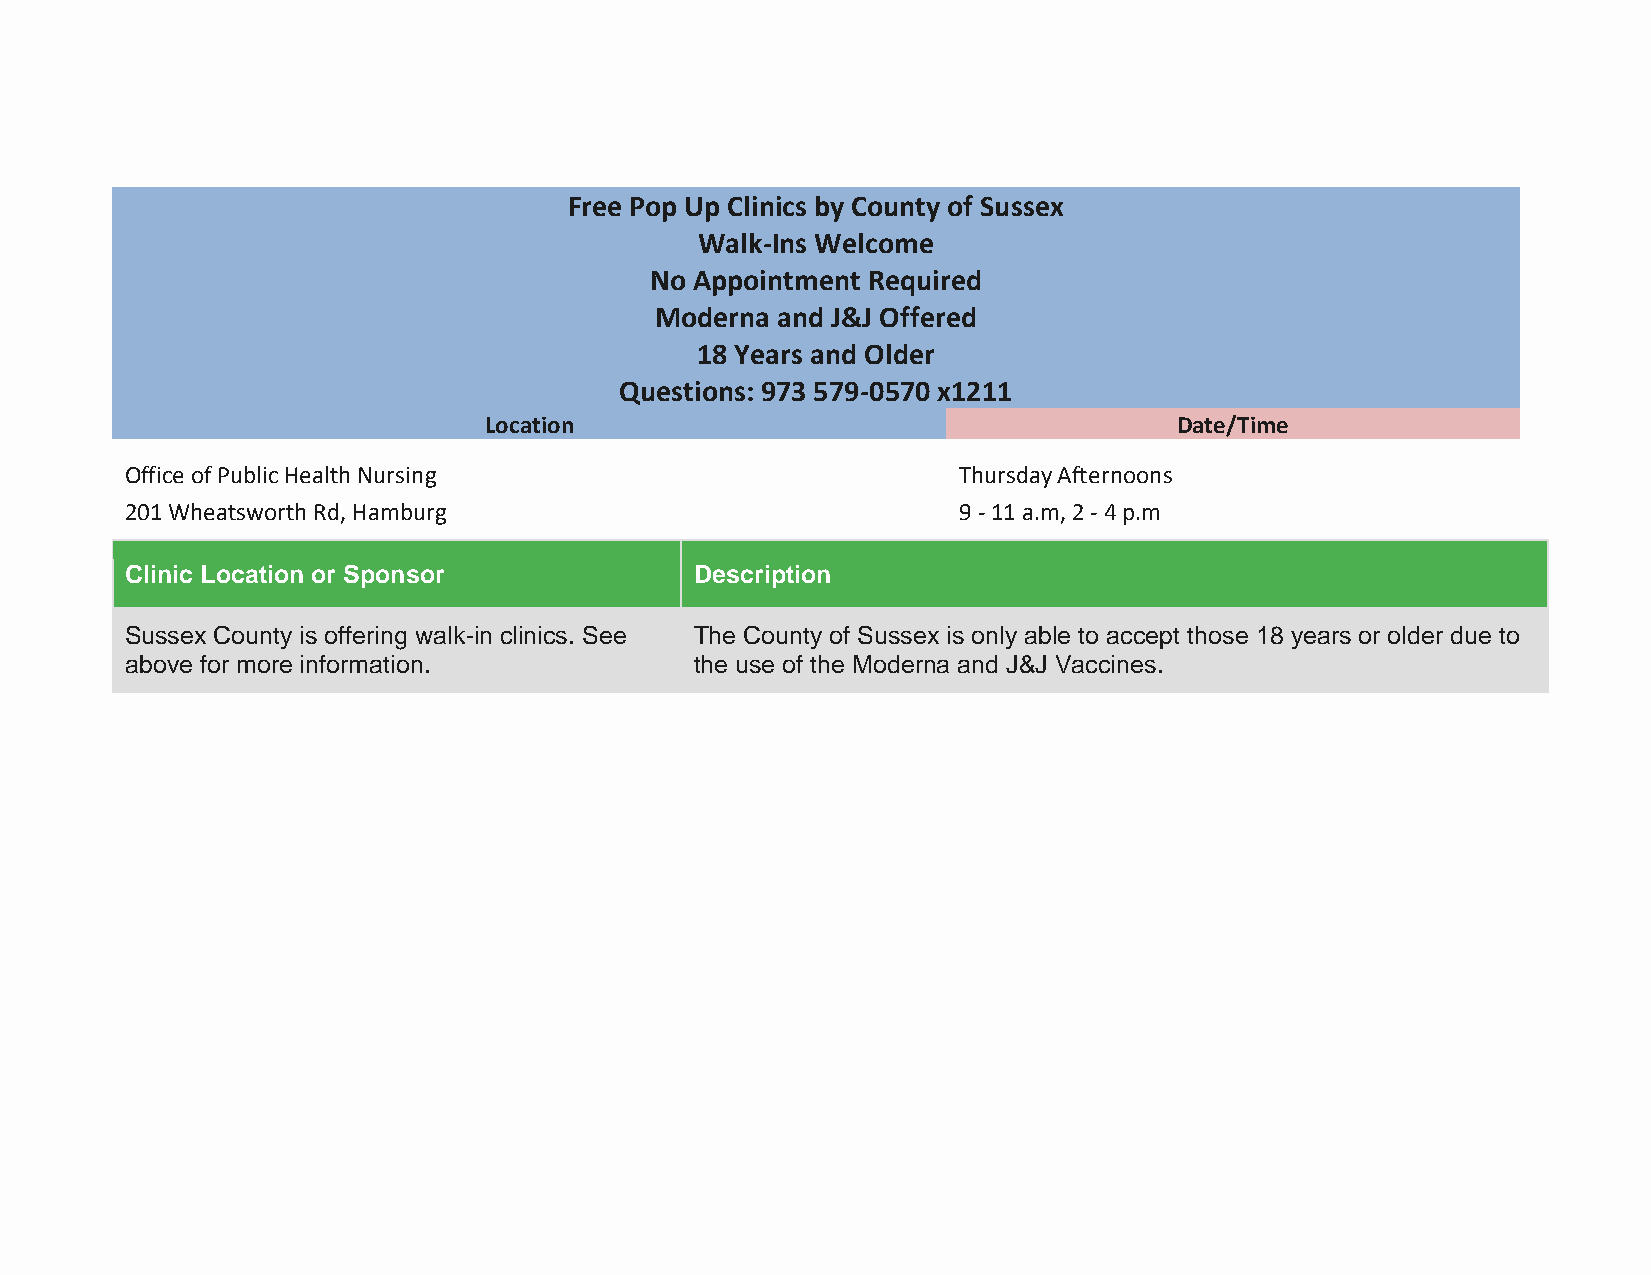
Free Pop Up Clinics by County of Sussex
 Walk-Ins Welcome
 No Appointment Required
 Moderna and J&J Offered
 18 Years and Older
 Questions: 973 579-0570 x1211
 Location                                      Date/Time
 Office of Public Health Nursing                        Thursday Afternoons
 201 Wheatsworth Rd, Hamburg                            9 - 11 a.m, 2 - 4 p.m
 Clinic Location or Sponsor            Description
 Sussex County is offering walk-in clinics. See The County of Sussex is only able to accept those 18 years or older due to
 above for more information.           the use of the Moderna and J&J Vaccines.